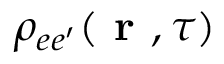
\rho _ { e e ^ { \prime } } ( \textbf { r } , \tau )